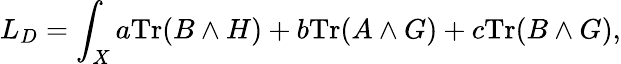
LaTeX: L_{D}=\int_{X}a\mathrm{Tr}(B\wedge H)+b\mathrm{Tr}(A\wedge G)+c\mathrm{Tr}(B\wedge G),